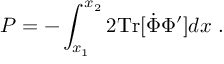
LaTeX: P = - \int _ { x _ { 1 } } ^ { x _ { 2 } } 2 \mathrm { T r } [ \dot { \Phi } \Phi ^ { \prime } ] d x \ .